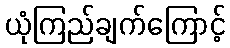
ယုံကြည်ချက်ကြောင့်